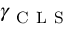
\gamma _ { \mathrm { ~ C ~ L ~ S ~ } }